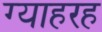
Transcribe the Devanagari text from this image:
ग्याहरह